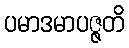
ပမာဒမာပဇ္ဇတိ